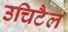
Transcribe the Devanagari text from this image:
उचिटैल